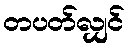
တပတ်လျှင်